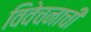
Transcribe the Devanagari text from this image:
विवेचनाची